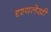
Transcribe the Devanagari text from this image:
दृश्यलेखी